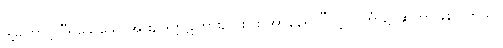
ဒါ့ကြောင့် “ရိုသေသောအား, ဒုက္ကဋ်ကြား, ငါးပါး အာနန်ရှင်”လို့ လင်္ကာ၌ ဆိုတာဖြစ်ပါတယ်။